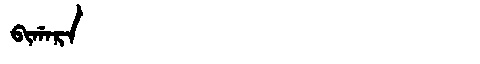
Manchu: ᠪᡳᡤᠠᡵᠠ
Romanization: BIGARA